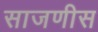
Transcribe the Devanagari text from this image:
साजणीस